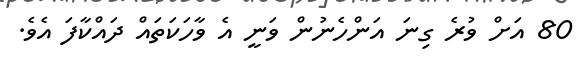
80 އަށް ވުރެ ގިނަ އަންހެނުން ވަނީ އެ ވާހަކަތައް ދައްކާފަ އެވެ.